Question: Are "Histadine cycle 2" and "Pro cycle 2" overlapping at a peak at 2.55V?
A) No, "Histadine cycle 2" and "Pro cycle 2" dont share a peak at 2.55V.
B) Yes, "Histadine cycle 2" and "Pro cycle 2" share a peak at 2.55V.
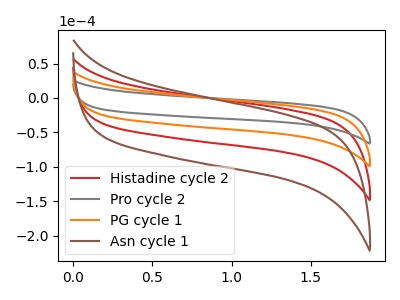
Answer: <think>The red curve "Histadine cycle 2" has no peaks. The gray curve "Pro cycle 2" has no peaks. The orange curve "PG cycle 1" has no peaks. The brown curve "Asn cycle 1" has no peaks.</think>
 <answer>A) No, "Histadine cycle 2" and "Pro cycle 2" dont share a peak at 2.55V.</answer>
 <eval>A</eval>